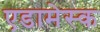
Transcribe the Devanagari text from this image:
एडामेस्क